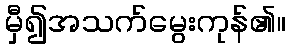
မှီ၍အသက်မွေးကုန်၏။